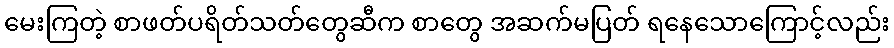
မေးကြတဲ့ စာဖတ်ပရိတ်သတ်တွေဆီက စာတွေ အဆက်မပြတ် ရနေသောကြောင့်လည်း